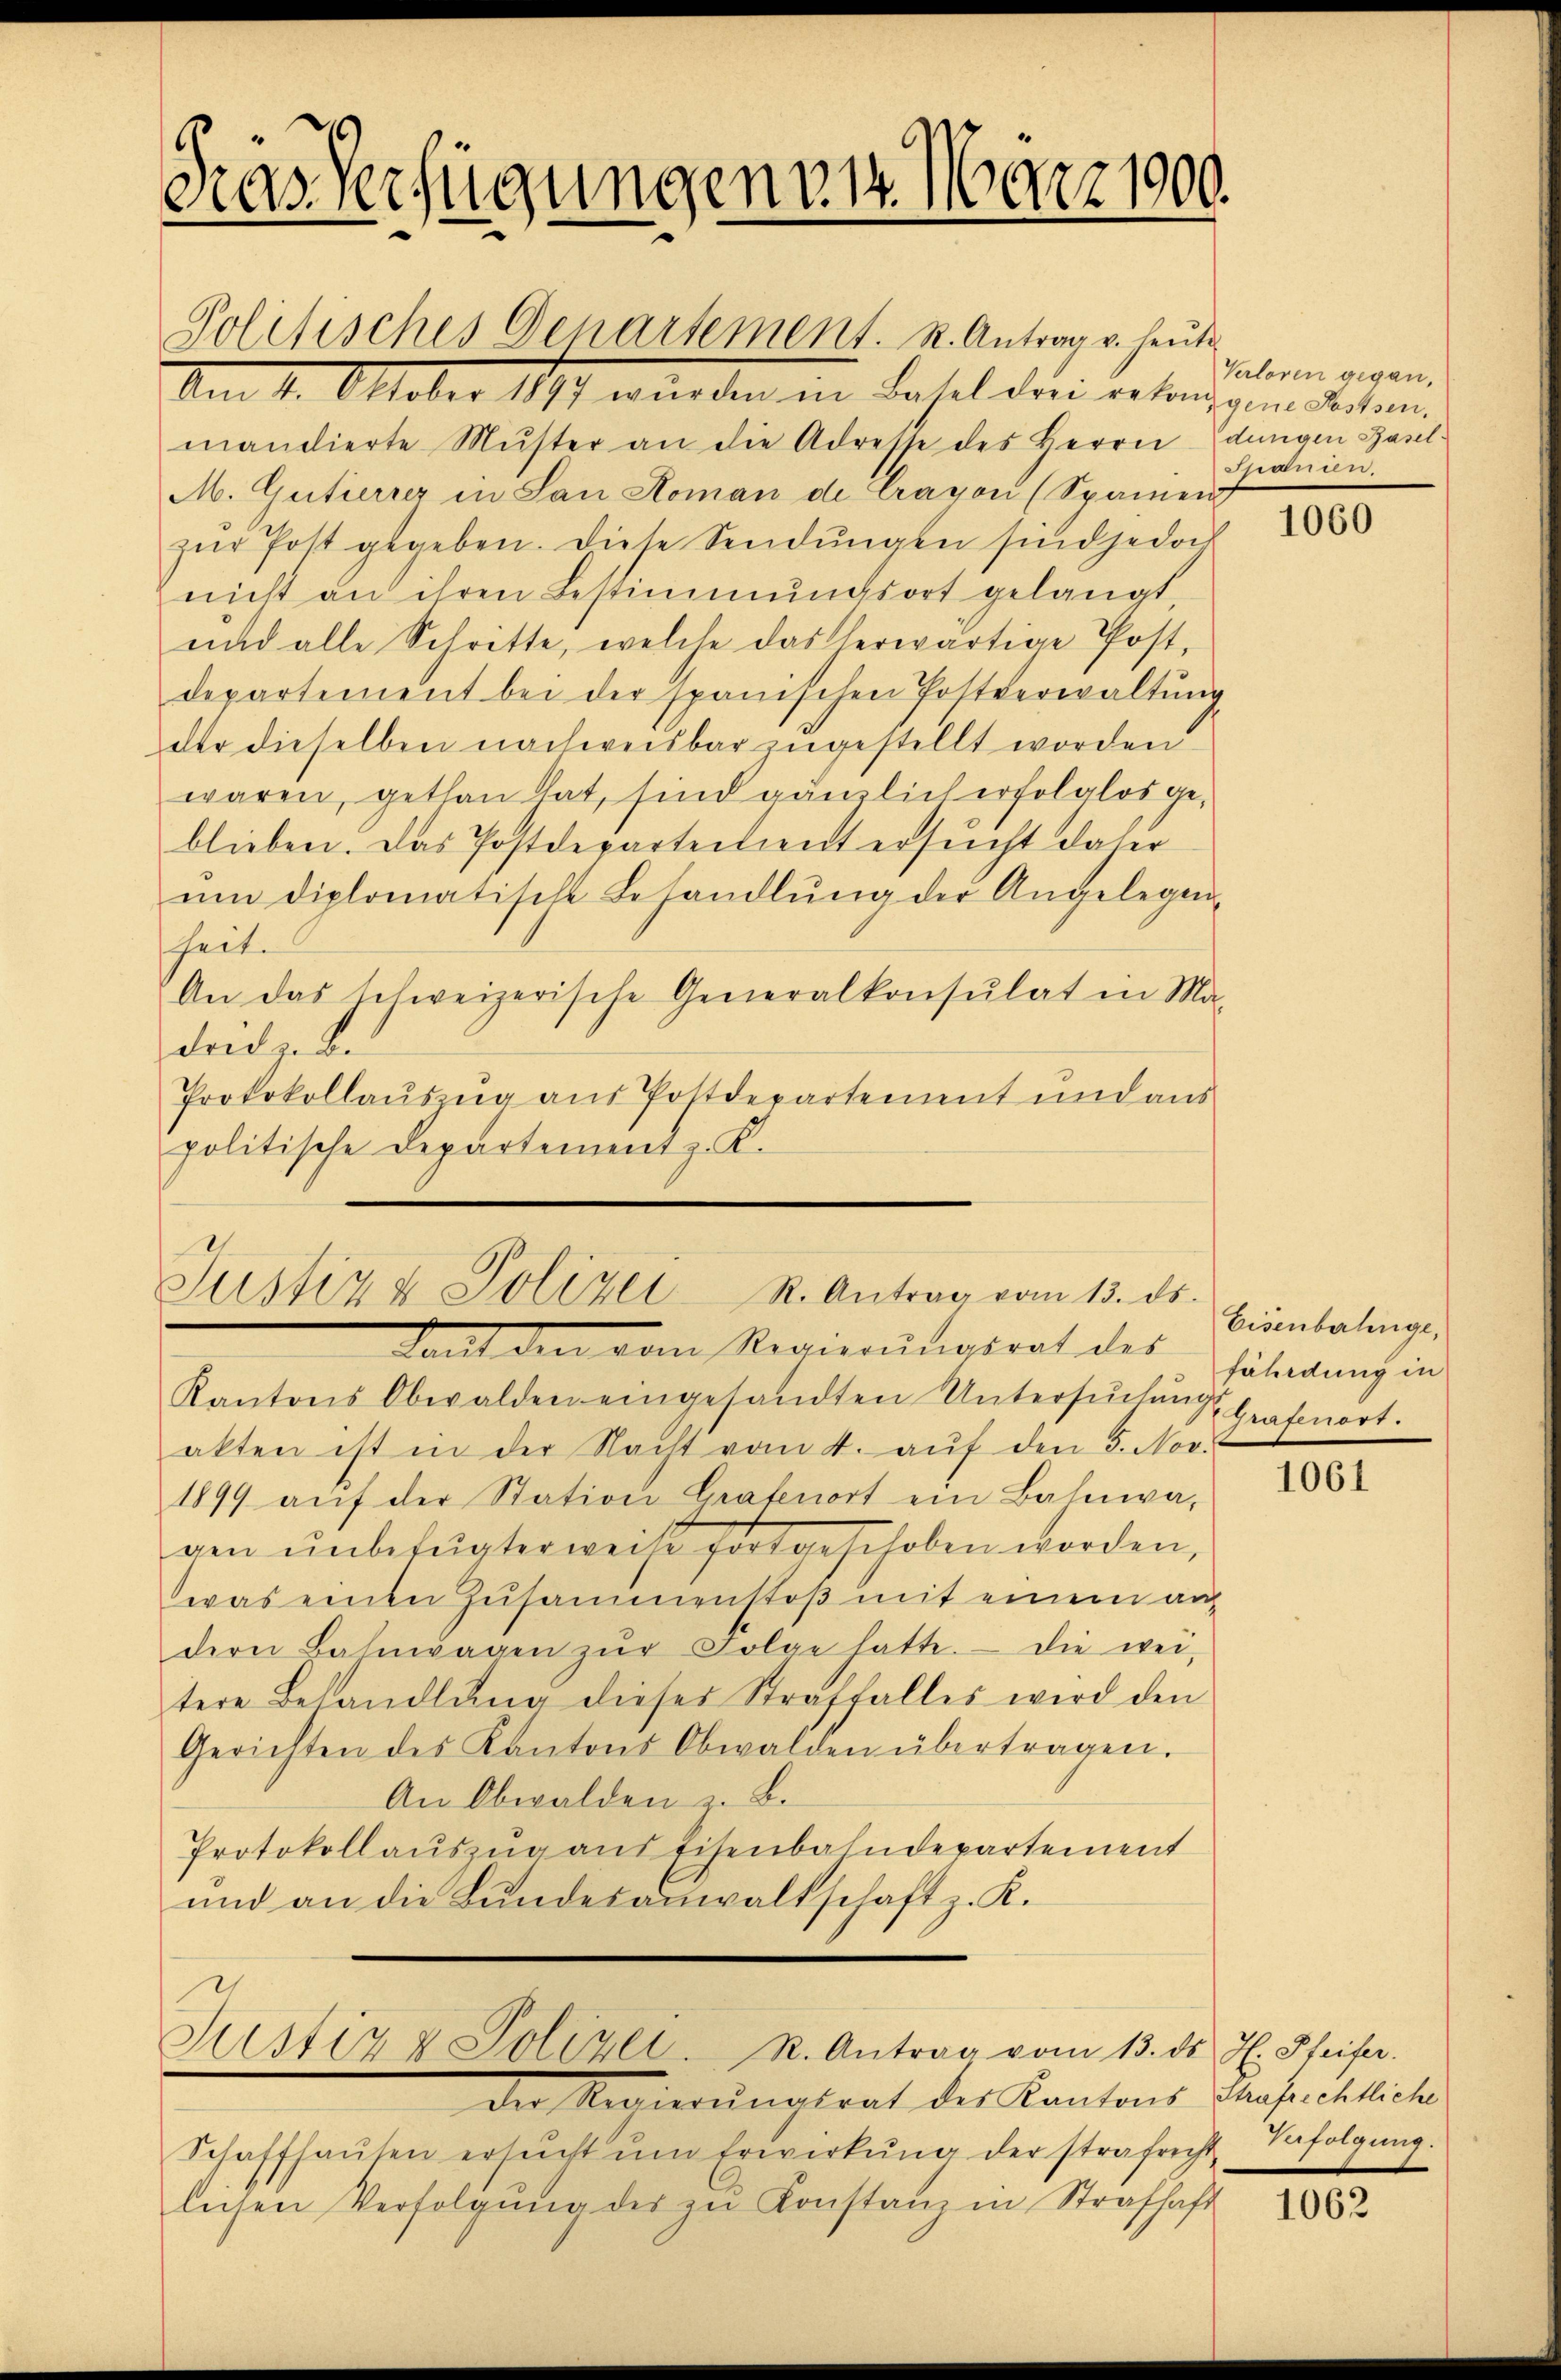
Grasverfügungenen März 1900.

Am 4. Oktober 1891 wurden in Basel drei ertragen Datum
mandierte Muster an die Adresse des Herrn Edungen Basel-
M. Gutierrer in San Roman de Cragon (Sparen
zŭr Post gegeben. Diese Sendungen sind jedoch
nicht an ihren Bestimmungsort gelangt,
und alle Schritte, welche das herwärtige Post,
departement bei der spanischen Postverwaltŭng
der dieselben nachweisbar zugestellt worden
waren, gethan hat, sind gänzlich erfolglos geblieben. Das Postdeparteilient ersucht daher
ŭm diplomatische Behandlŭng der Angelegen-
heit.
An das schweizerische Generalkonsulat in Ma-
dort zu be
Protokollauszug aus Postdepartement und aus
politische Departement z. K.

Politisches Denartement. K. Antrag u. heute

Justiz & Polizei R. Antrag vom 13. ds.
taut den vom Regierŭngsrat des

Kantons Obwalden eingesandten Untersŭchŭngsgrafort.
akten ist in der Nacht vom 4. aŭf den 5. Nov.
1899 aŭf der Station Grafenort ein Bahnwa-
gen unbefugter weiß fortgeschoben worden,
was einen Zusammenstoß mit einem andern Bahnwagen zŭr Folge hatte. Die wei-
tere Behandlŭng dieses Straffalles wird den
Gerichten des Kantons Obwalden übertragen.
An Obwalden z. B.
Protokollauszug aus Eisenbahndepartement
und an die Bundesanwaltschaft z. K.

Justiz & Polizei. R. Antrag vom 13. ds J. Steifer.

die Regierŭngsrat der Kantons Strafe eheliche
Schaffhaŭsen ersŭcht ŭm Erwirkŭng der strafricht befolgŭng.
lichen Verfolgŭng des zŭ Konstanz in Strafhaft

Verloren gegen,
Spanien.

1060

Eisenberlinge,
fährdung in

1061

1062